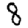
Digit: 8